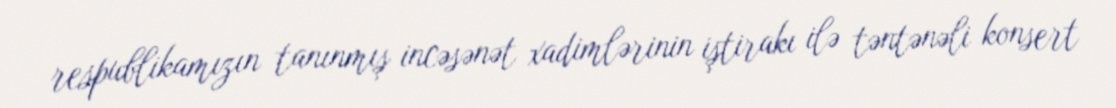
respublikamızın tanınmış incəsənət xadimlərinin iştirakı ilə təntənəli konsert